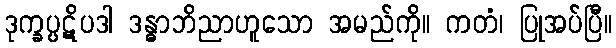
ဒုက္ခပ္ပဋိပဒါ ဒန္ဓာဘိညာဟူသော အမည်ကို။ ကတံ၊ ပြုအပ်ပြီ။